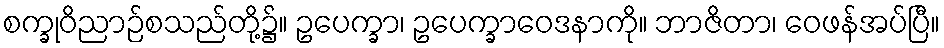
စက္ခုဝိညာဉ်စသည်တို့၌။ ဥပေက္ခာ၊ ဥပေက္ခာဝေဒနာကို။ ဘာဇိတာ၊ ဝေဖန်အပ်ပြီ။